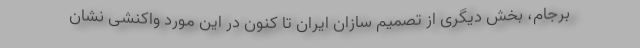
برجام، بخش دیگری از تصمیم سازان ایران تا کنون در این مورد واکنشی نشان